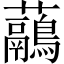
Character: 虉